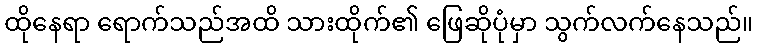
ထိုနေရာ ရောက်သည်အထိ သားထိုက်၏ ဖြေဆိုပုံမှာ သွက်လက်နေသည်။